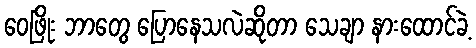
ဝေဖြိုး ဘာတွေ ပြောနေသလဲဆိုတာ သေချာ နားထောင်ခဲ့